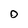
Character: 0